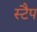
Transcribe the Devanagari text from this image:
स्टैप